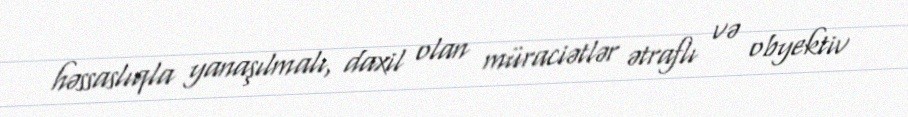
həssaslıqla yanaşılmalı, daxil olan müraciətlər ətraflı və obyektiv